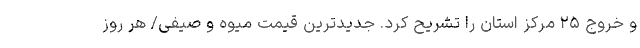
و خروج ۲۵ مرکز استان را تشریح کرد. جدیدترین قیمت میوه و صیفی/ هر روز